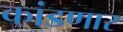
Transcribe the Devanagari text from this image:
कांडणार